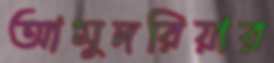
আমুদরিয়ার